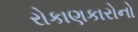
રોકાણકારોનો